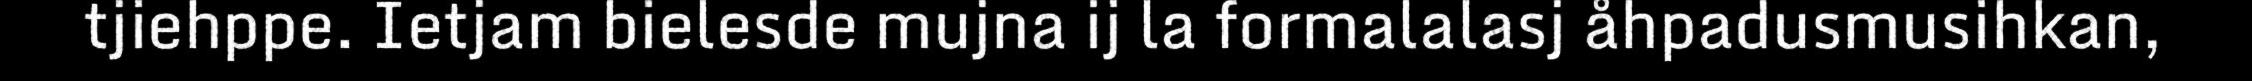
tjiehppe. Ietjam bielesde mujna ij la formalalasj åhpadusmusihkan,